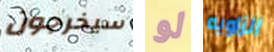
سيخرجون لو الزاويه